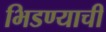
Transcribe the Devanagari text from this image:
भिडण्याची